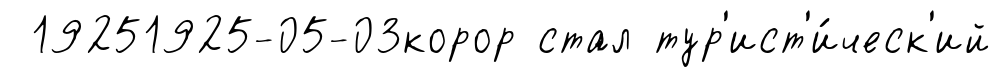
19251925-05-03корор стал тур'ист'и́ческ'ий